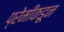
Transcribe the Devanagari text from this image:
प्रेमींकडून